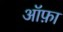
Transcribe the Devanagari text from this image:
ऑफ़ा